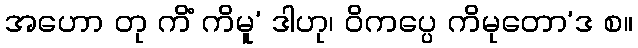
အဟော တု ကိံ ကိမူ’ ဒါဟု၊ ဝိကပ္ပေ ကိမုတော’ဒ စ။